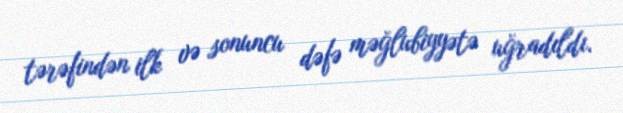
tərəfindən ilk və sonuncu dəfə məğlubiyyətə uğradıldı.